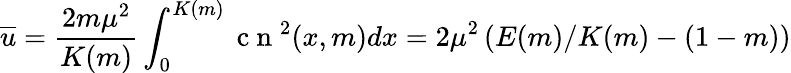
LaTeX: \overline{{u}}=\frac{2m\mu^{2}}{K(m)}\int_{0}^{K(m)}\mathrm{~c~n~}^{2}(x,m)dx=2\mu^{2}\left(E(m)/K(m)-(1-m)\right)